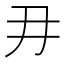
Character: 𭃂